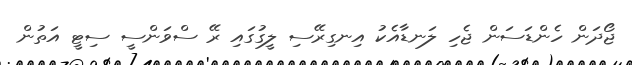
ޖޯދަން ހެންޑަސަން ޖެހި ލަނޑާއެކު އިނގިރޭސި ލީގުގައި ރޭ ސްވަންސީ ސިޓީ އަތުން